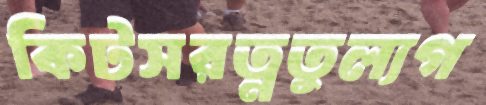
কিটসরত্নতুল্যগ